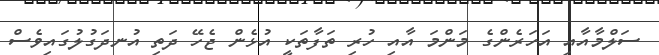
ސަލްމާއާއި އަހަރެންގެ މަންމަ އާއި ހުރި ތަފާތަކީ އުޅެން ޖެހޭ ދަތި އުނދަގުލުގައިވެސް